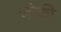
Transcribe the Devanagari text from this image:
जोंकी